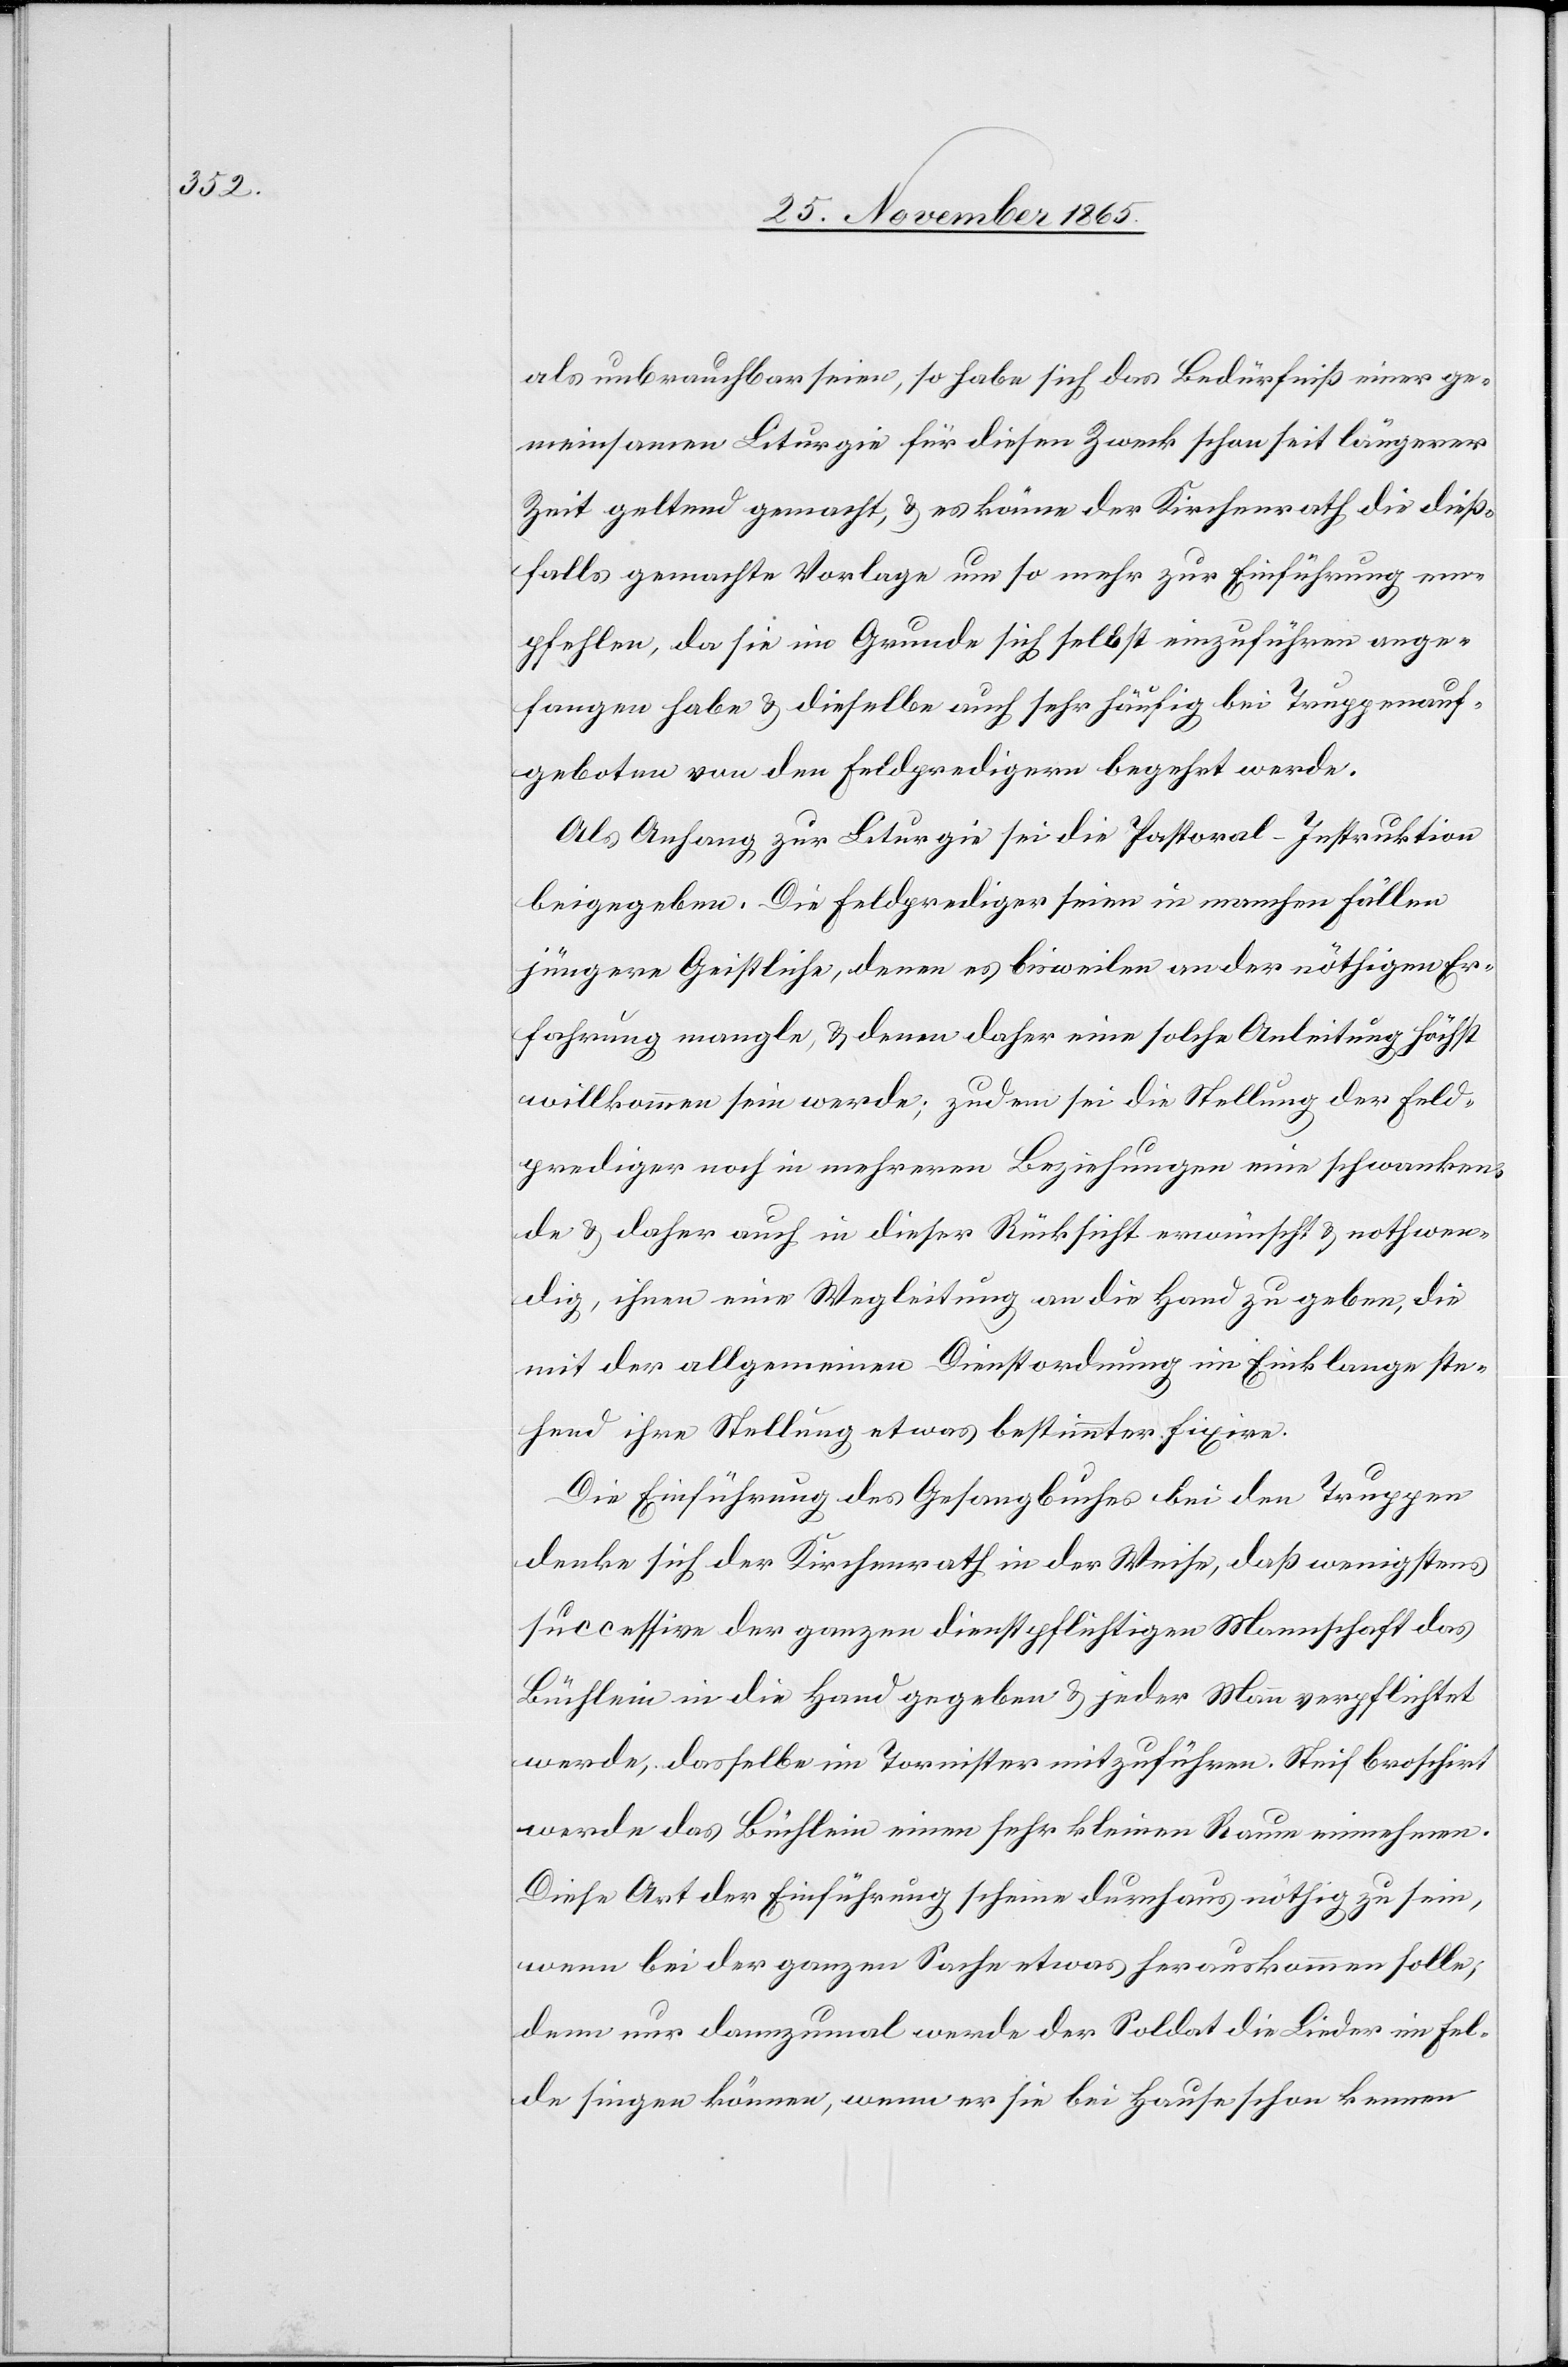
als unbrauchbar seien, so habe sich das Bedürfniß einer ge¬
meinsamen Liturgie für diesen Zweck schon seit längerer
Zeit geltend gemacht, & es könne der Kirchenrath die dieß¬
falls gemachte Vorlage um so mehr zur Einführung em¬
pfehlen, da sie im Grunde sich selbst einzuführen ange¬
fangen habe & dieselbe auch sehr häufig bei Truppenauf¬
geboten von den Feldpredigern begehrt werde.
Als Anhang zur Liturgie sei die Pastoral-Instruktion
beigegeben. Die Feldprediger seien in manchen Fällen
jüngere Geistliche, denen es bisweilen an der nöthigen Er¬
fahrung mangle, & denen daher eine solche Anleitung höchst
willkommen sein werde; zudem sei die Stellung der Feld¬
prediger noch in mehreren Beziehungen eine schwanken¬
de & daher auch in dieser Rücksicht erwünscht & nothwen¬
dig, ihnen eine Wegleitung an die Hand zu geben, die
mit der allgemeinen Dienstordnung im Einklange ste¬
hend ihre Stellung etwas bestimmter fixire.
Die Einführung des Gesangbuches bei den Truppen
denke sich der Kirchenrath in der Weise, daß wenigstens
successive der ganzen dienstpflichtigen Mannschaft das
Büchlein in die Hand gegeben & jeder Mann verpflichtet
werde, dasselbe im Tornister mitzuführen. Steif broschirt
werde das Büchlein einen sehr kleinen Raum einnehmen.
Diese Art der Einführung scheine durchaus nöthig zu sein,
wenn bei der ganzen Sache etwas herauskommen sollte,
denn nur dannzumal werde der Soldat die Lieder im Fel¬
de singen können, wenn er sie bei Hause schon kennen